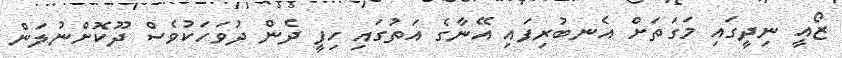
ޒޯއީ ނިދީގައި މަގަތަށް އެނބުރިފައި އޭނާގެ އަތުގައި ހިފީ ދެން ދުވަހަކުވެސް ދޫކޮށްނުލަން